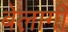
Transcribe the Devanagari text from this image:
बेलागी